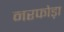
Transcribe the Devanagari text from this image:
नरफोड़ा